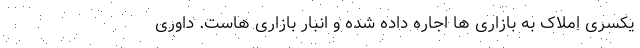
یکسری املاک به بازاری ها اجاره داده شده و انبار بازاری هاست. داوری